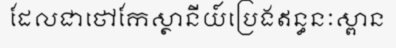
ដែលជាថៅកែស្ថានីយ៍ប្រេងឥន្ធនៈស្ពាន